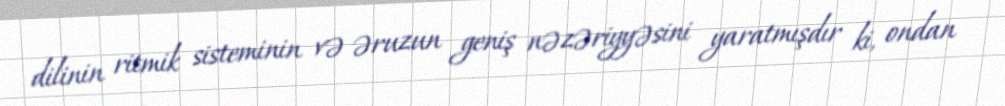
dilinin ritmik sisteminin və əruzun geniş nəzəriyyəsini yaratmışdır ki, ondan